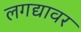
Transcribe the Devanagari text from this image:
लगद्यावर